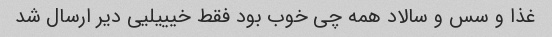
غذا و سس و سالاد همه چی خوب بود فقط خیییلیی دیر ارسال شد